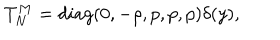
T _ { N } ^ { M } = d i a g ( 0 , - \rho , p , p , p ) \delta ( y ) ,